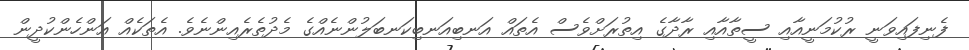
ފެނިފައިވަނީ ރުކުމަނީއާއި ސީތާއާއި ރާދާގެ އިތުރަށްވެސް އެތައް އަނބިއަނބިކަނބަލުންނެއްގެ މެދުތެރެއިންނެވެ. އެތަކެއް އަންހެންކުދީން